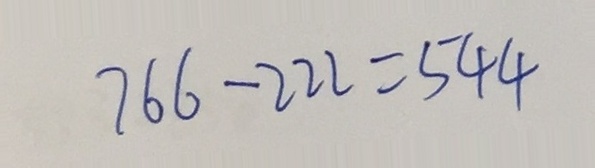
7 6 6 - 2 2 2 = 5 4 4